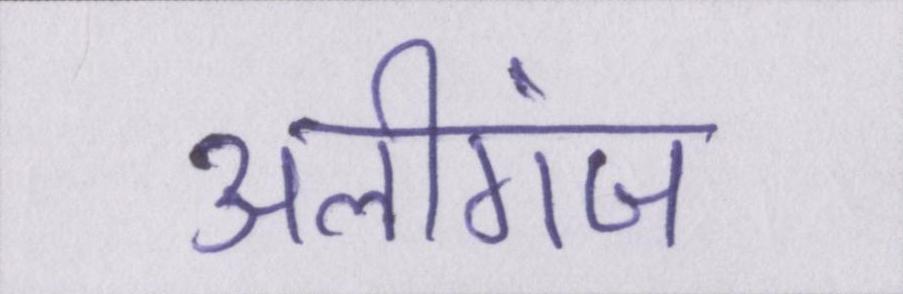
अलीगंज